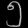
Digit: ၅